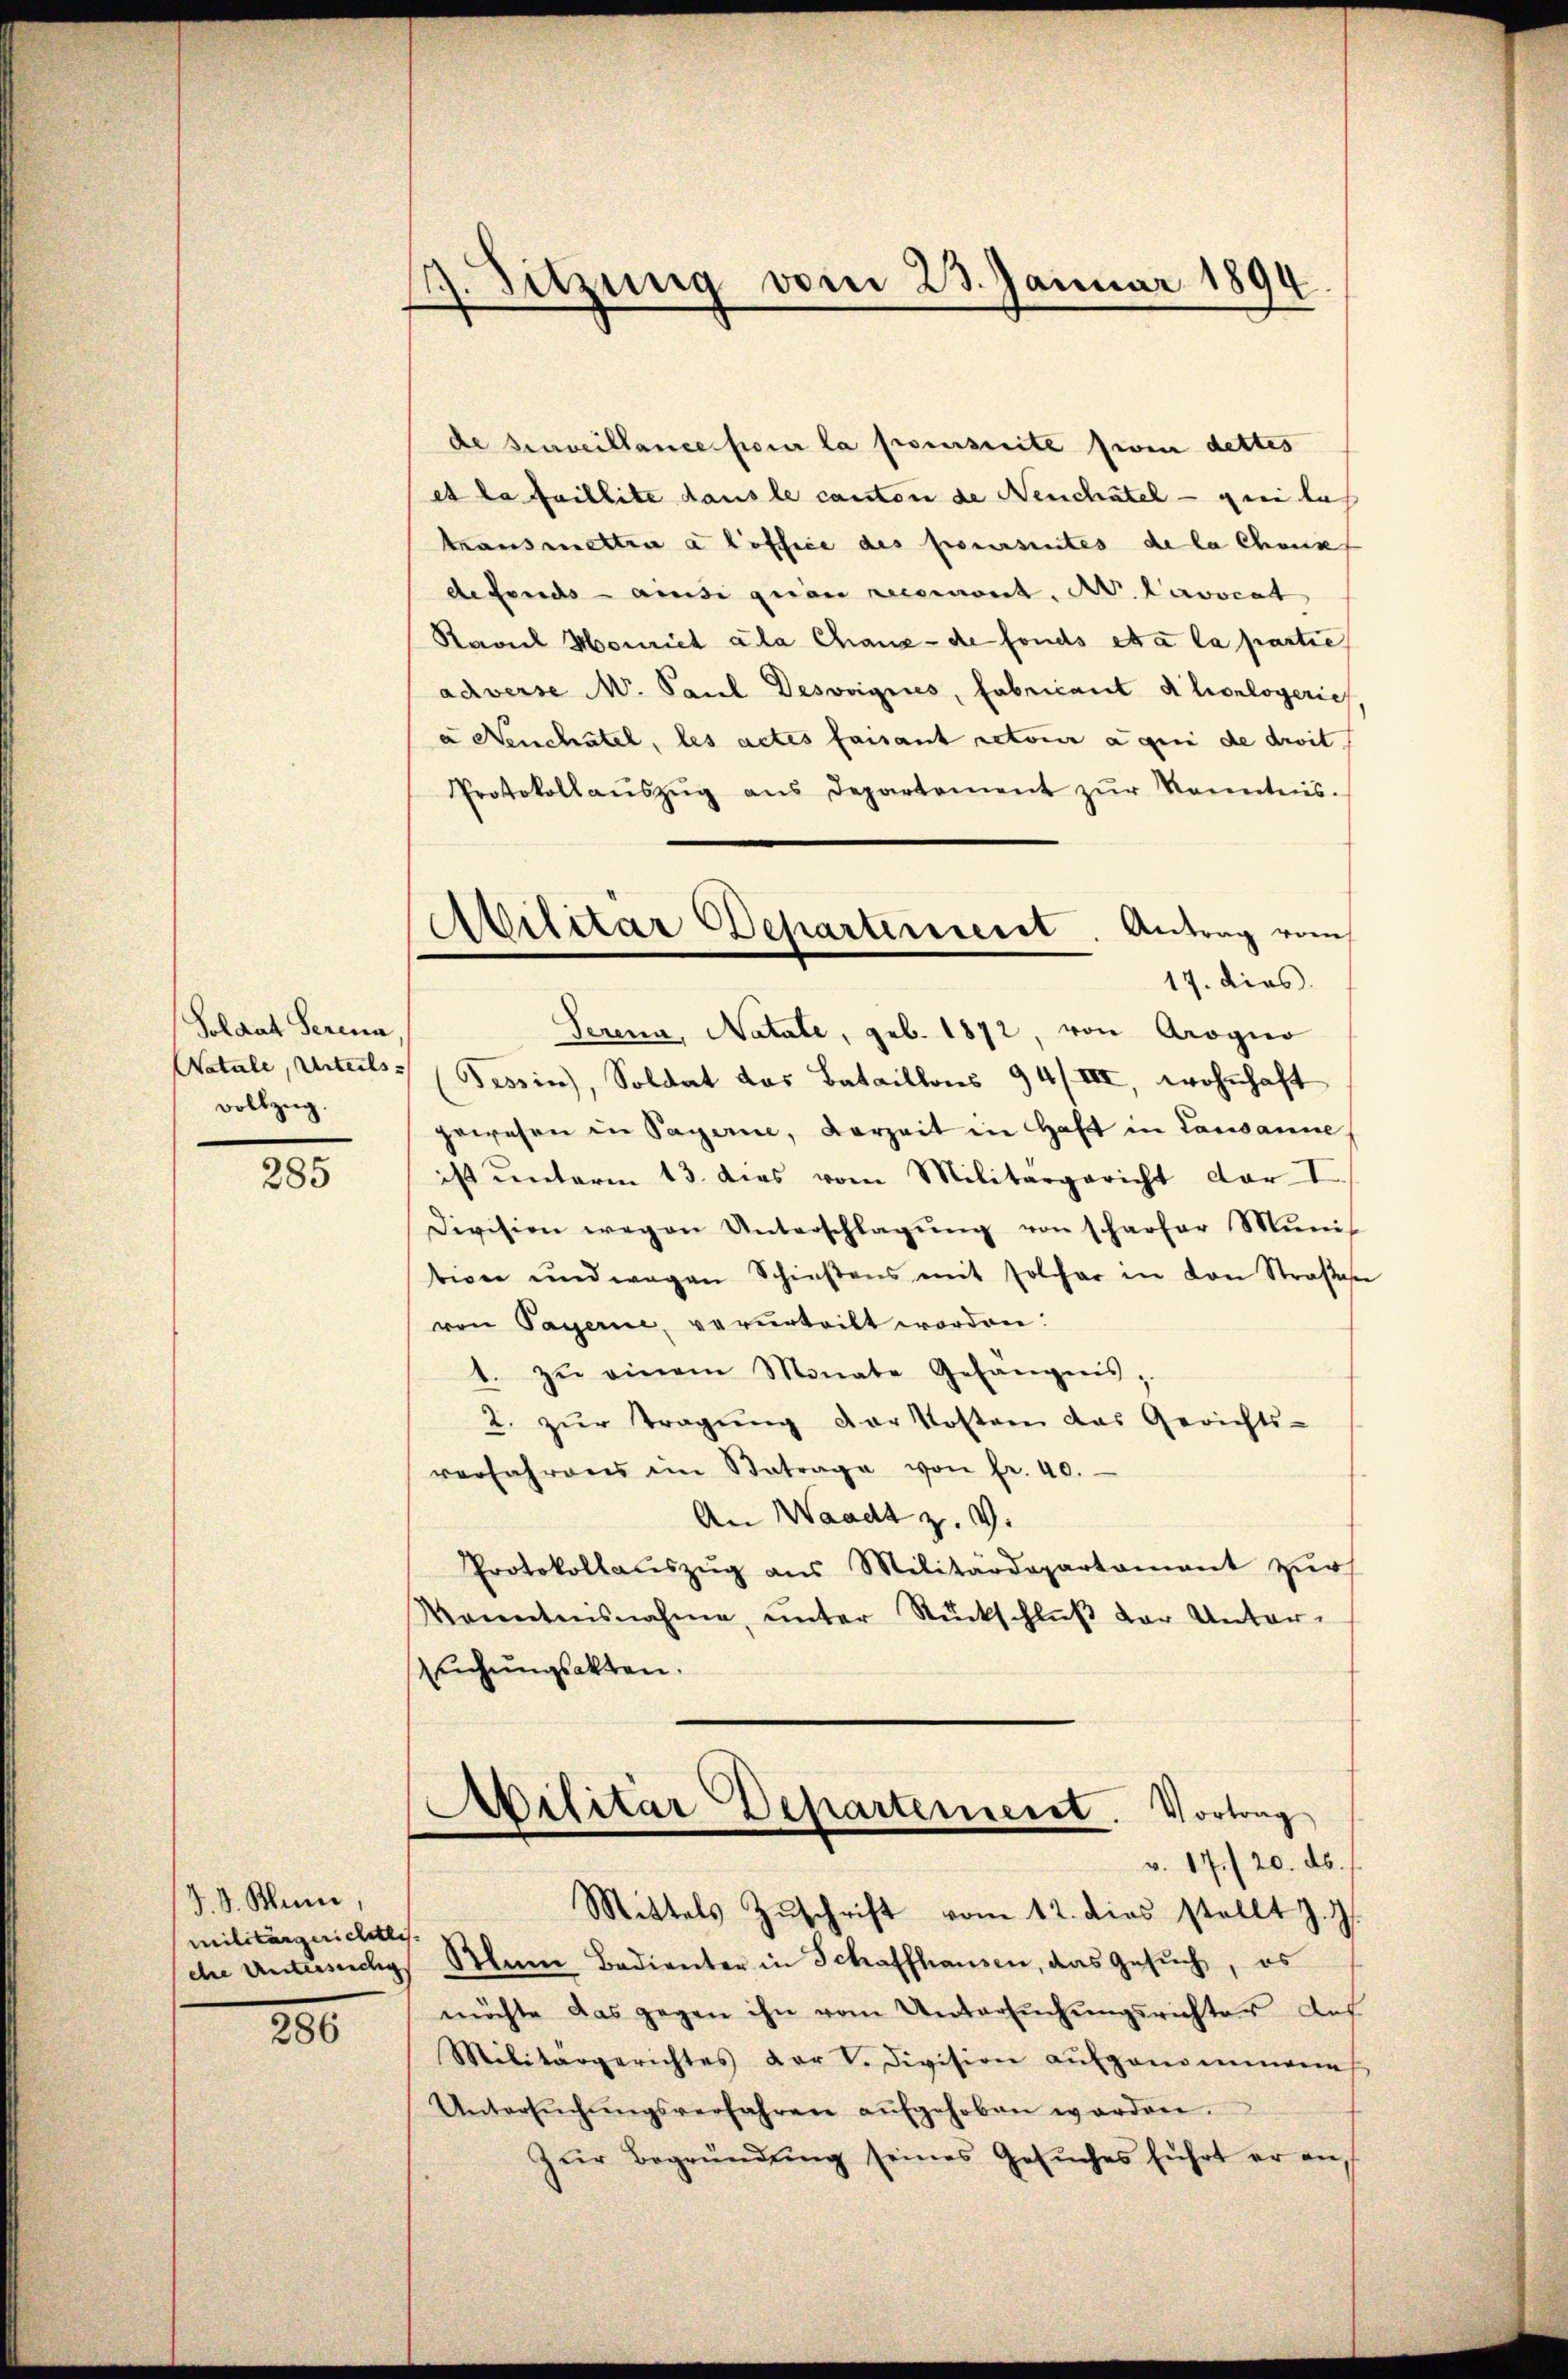
Soldat Serena
vollzug.

285

J. J. Blum,
militärgerichtliche
280

4. Sitzung vom 23. Januar 1894.

Militär Departement. Antrag vom
17. dies

de surveillance four la poursuite frei dettes
et la faillite dans le canton de Neuchâtel — geeilas
transmetten a loffice des poursuites de la choses
de fonds ainsi gran recevront. A. Lavocat
Ravuel Honriet ala Chanz- de fonds et a la partie
adverse M. Paul Desvvignes, Fabricant Alonlogeric
a Neuchâtel, les actes faisant retour a qui de droit
Protokollaŭszŭg ans Departement zŭr Kenntnis.
Serena, Natale, geb. 1872, von Arogno
Watale, Unterls (Passin, Soldat das Bataillons 94/III, wohnhaft
gewesen in Sagern, Vorzeit in Haft in Lausanne,
ist unterm 13. dies vom Militärgericht der I.
Division wegen Unterschlagŭng von scharfer Minis
tion und wegen Schiesens mit folger in von Straβeser
ren Payerne, verurteilt worden:
1. zŭ einem Monate Gefängnis,
2. zŭr Tragŭng der Kosten das Gerichts-
verfahrens im Betrage von fr. 40.
An Waadt z. v.
Protokollauszug aus Militärdepartament zur
Kenntnisnahme, unter Rückschluß der Unter-
suchungsakten.
Militar Departement. Vortrag
v. 17./20. d.
Mittels Zuschrift vom 12. dies stellt J. J.
che Untersuche Mann Bedienter in Schaffhausen, das Gesuch, es
möchte das gegen ihn vom Untersŭchŭngsrichter Aus
Militärgerichtes der V. Division aufgenommene
Untersŭchŭngsverfahren aŭfgehoben worden.
Zŭr Begründŭng seines Gesŭches führt er an